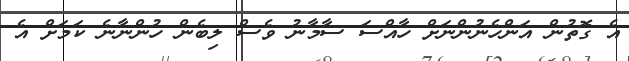
އެ ގޮތުން އަންހެނުންނަށް ހާއްސަ ސާމާނު ވެސް ލިބެން ހުންނާނެ ކަމަށް އެ